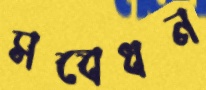
সবেধন